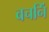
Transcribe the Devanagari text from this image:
वचनिं